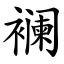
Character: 襕